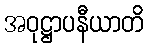
အဝုဋ္ဌာပနီယာတိ